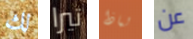
لك تيرا لماذا عن